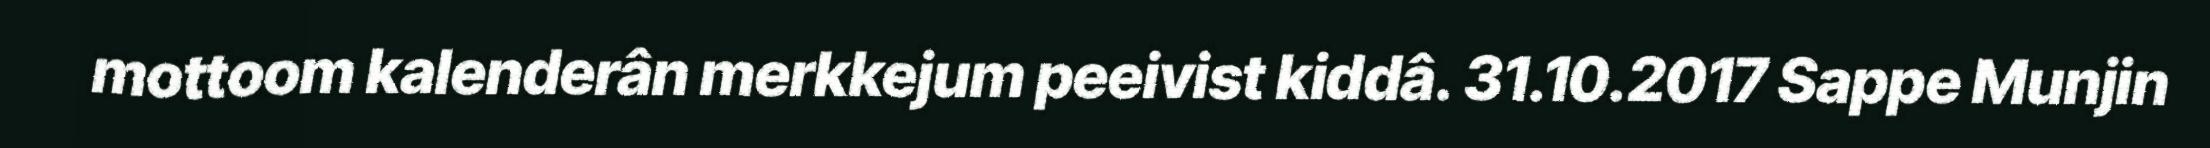
mottoom kalenderân merkkejum peeivist kiddâ. 31.10.2017 Sappe Munjin